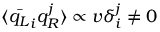
\langle { \bar { q _ { L } } } _ { i } { q _ { R } ^ { j } } \rangle \propto v \delta _ { i } ^ { j } \neq 0